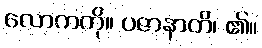
လောကကို။ ပဇာနာတိ၊ ၏။